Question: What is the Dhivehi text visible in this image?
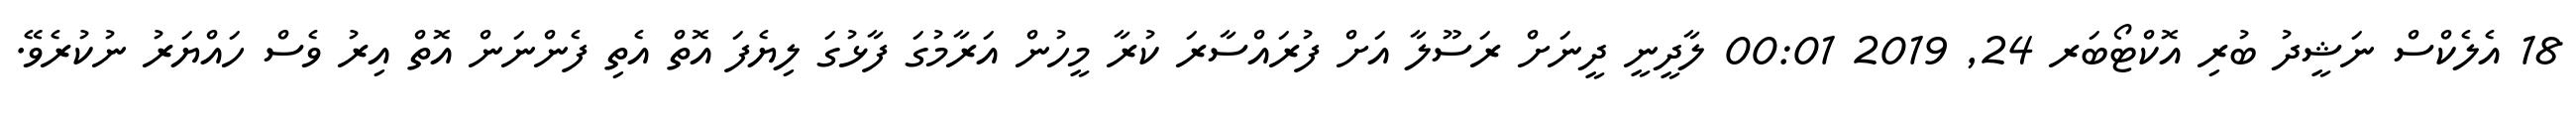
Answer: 18 އެލެކްސް ނަޝީދު ބުރި އޮކްޓޯބަރ 24, 2019 00:01 ލާދީނީ ދީނަށް ރަސޫލާ އަށް ފުރައްސާރަ ކުރާ މީހުން އަރާމުގަ ފާޅުގަ ލިޔެފަ އޮތް އެތި ފެންނަން އޮތް އިރު ވެސް ހައްޔަރު ނުކުރެވޭ.